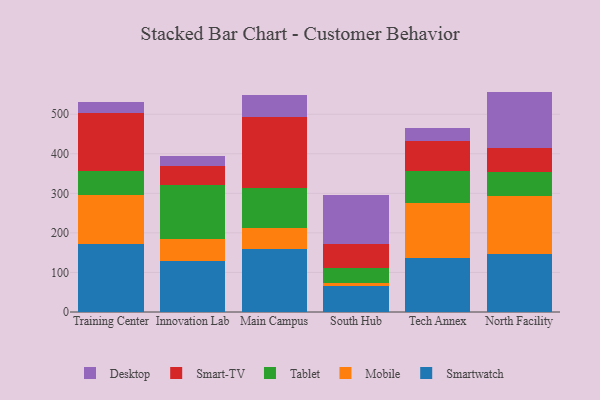
{"axis": {"x": "Campus", "y": "Net Income (USD K)"}, "legend": ["Desktop", "Mobile", "Smart-TV", "Smartwatch", "Tablet"], "data": [{"x": "Training Center", "y": 172.3, "type": "Smartwatch"}, {"x": "Training Center", "y": 122.8, "type": "Mobile"}, {"x": "Training Center", "y": 60.8, "type": "Tablet"}, {"x": "Training Center", "y": 146.4, "type": "Smart-TV"}, {"x": "Training Center", "y": 29.4, "type": "Desktop"}, {"x": "Innovation Lab", "y": 128.8, "type": "Smartwatch"}, {"x": "Innovation Lab", "y": 55.2, "type": "Mobile"}, {"x": "Innovation Lab", "y": 136.0, "type": "Tablet"}, {"x": "Innovation Lab", "y": 48.4, "type": "Smart-TV"}, {"x": "Innovation Lab", "y": 27.1, "type": "Desktop"}, {"x": "Main Campus", "y": 158.4, "type": "Smartwatch"}, {"x": "Main Campus", "y": 52.9, "type": "Mobile"}, {"x": "Main Campus", "y": 102.6, "type": "Tablet"}, {"x": "Main Campus", "y": 180.0, "type": "Smart-TV"}, {"x": "Main Campus", "y": 53.6, "type": "Desktop"}, {"x": "South Hub", "y": 66.7, "type": "Smartwatch"}, {"x": "South Hub", "y": 6.8, "type": "Mobile"}, {"x": "South Hub", "y": 36.6, "type": "Tablet"}, {"x": "South Hub", "y": 60.8, "type": "Smart-TV"}, {"x": "South Hub", "y": 124.4, "type": "Desktop"}, {"x": "Tech Annex", "y": 136.1, "type": "Smartwatch"}, {"x": "Tech Annex", "y": 139.8, "type": "Mobile"}, {"x": "Tech Annex", "y": 79.9, "type": "Tablet"}, {"x": "Tech Annex", "y": 76.1, "type": "Smart-TV"}, {"x": "Tech Annex", "y": 33.0, "type": "Desktop"}, {"x": "North Facility", "y": 147.6, "type": "Smartwatch"}, {"x": "North Facility", "y": 146.7, "type": "Mobile"}, {"x": "North Facility", "y": 60.6, "type": "Tablet"}, {"x": "North Facility", "y": 60.0, "type": "Smart-TV"}, {"x": "North Facility", "y": 142.3, "type": "Desktop"}]}